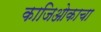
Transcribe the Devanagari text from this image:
काजिओकाचा